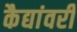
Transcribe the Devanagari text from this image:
कैद्यांवरी